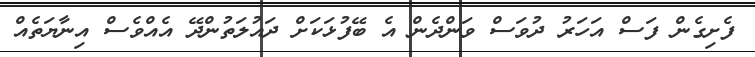
ފެށިގެން ފަސް އަހަރު ދުވަސް ވަންދެން އެ ބޭފުޅަކަށް ދައުލަތުންދޭ އެއްވެސް އިނާޔަތެއް